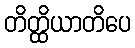
တိတ္ထိယာတိပေ